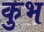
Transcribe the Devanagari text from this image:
कुभ